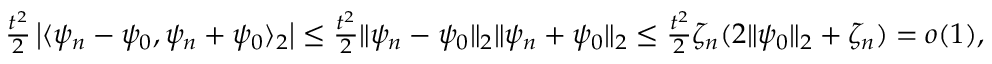
\begin{array} { r } { \frac { t ^ { 2 } } { 2 } \left| \langle \psi _ { n } - \psi _ { 0 } , \psi _ { n } + \psi _ { 0 } \rangle _ { 2 } \right| \leq \frac { t ^ { 2 } } { 2 } \| \psi _ { n } - \psi _ { 0 } \| _ { 2 } \| \psi _ { n } + \psi _ { 0 } \| _ { 2 } \leq \frac { t ^ { 2 } } { 2 } \zeta _ { n } ( 2 \| \psi _ { 0 } \| _ { 2 } + \zeta _ { n } ) = o ( 1 ) , } \end{array}